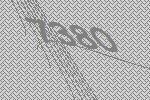
7380